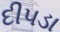
દીપડા